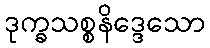
ဒုက္ခသစ္စနိဒ္ဒေသော